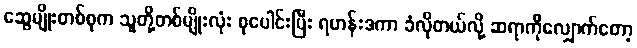
ဆွေမျိုးတစ်စုက သူတို့တစ်မျိုးလုံး စုပေါင်းပြီး ရဟန်းဒကာ ခံလိုတယ်လို့ ဆရာကိုလျှောက်တော့